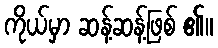
ကိုယ်မှာ ဆန့်ဆန့်ဖြစ် ၏။